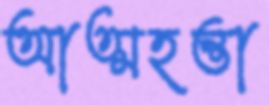
আত্মহন্তা